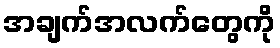
အချက်အလက်တွေကို